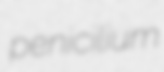
penicilium